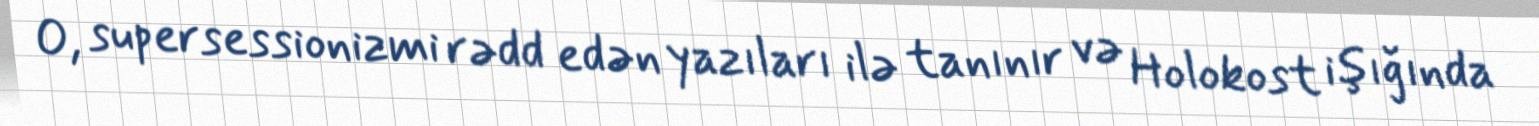
O, supersessionizmi rədd edən yazıları ilə tanınır və Holokost işığında